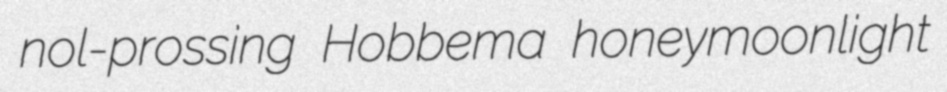
nol-prossing Hobbema honeymoonlight